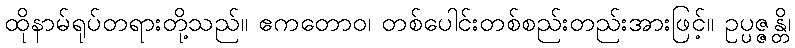
ထိုနာမ်ရုပ်တရားတို့သည်။ ဧကတောဝ၊ တစ်ပေါင်းတစ်စည်းတည်းအားဖြင့်။ ဥပ္ပဇ္ဇန္တိ၊